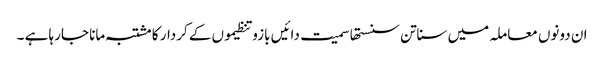
ان دونوں معاملہ میں سناتن سنستھا سمیت دائیں بازو تنظیموں کے کردار کا مشتبہ مانا جارہا ہے ۔